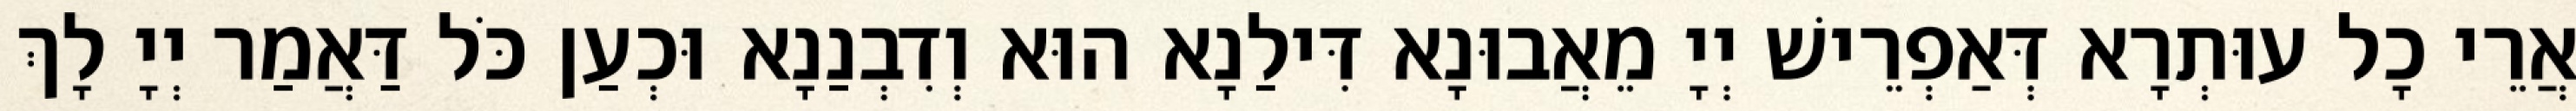
אֲרֵי כָל עוּתְרָא דְּאַפְרֵישׁ יְיָ מֵאֲבוּנָא דִּילַנָא הוּא וְדִבְנַנָא וּכְעַן כֹּל דַּאֲמַר יְיָ לָךְ